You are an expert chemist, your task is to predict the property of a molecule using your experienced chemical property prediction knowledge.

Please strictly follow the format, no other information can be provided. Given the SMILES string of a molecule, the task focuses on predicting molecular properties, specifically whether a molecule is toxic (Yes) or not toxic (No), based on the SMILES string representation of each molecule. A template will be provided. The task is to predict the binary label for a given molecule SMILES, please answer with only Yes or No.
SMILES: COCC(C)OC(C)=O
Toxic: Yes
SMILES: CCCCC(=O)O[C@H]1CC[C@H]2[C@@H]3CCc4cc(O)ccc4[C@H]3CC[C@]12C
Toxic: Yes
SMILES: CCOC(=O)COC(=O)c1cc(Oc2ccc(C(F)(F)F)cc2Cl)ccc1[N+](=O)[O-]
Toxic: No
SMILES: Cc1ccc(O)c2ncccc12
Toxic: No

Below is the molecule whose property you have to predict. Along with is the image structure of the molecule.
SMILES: c1ccc2sc(SSN3CCOCC3)nc2c1
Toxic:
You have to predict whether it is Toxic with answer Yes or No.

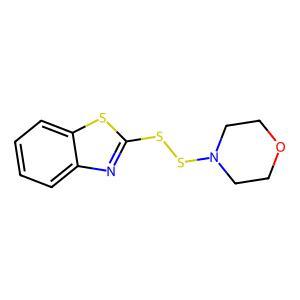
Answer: No